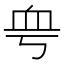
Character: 𧖨